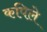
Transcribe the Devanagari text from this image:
कपिले